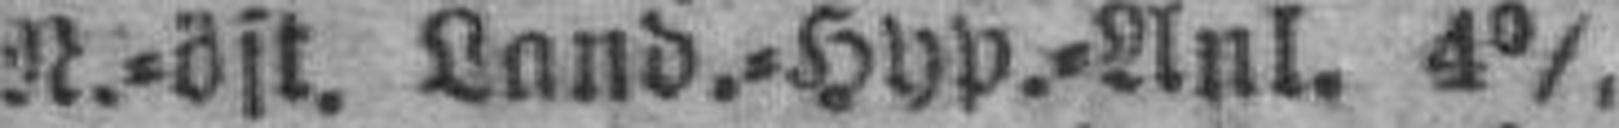
N.=öst. Land.=Hyp.=Anl. 4%